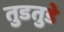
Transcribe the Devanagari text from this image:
तुडतुडे